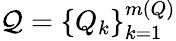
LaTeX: \mathcal{Q}=\left\{ Q_{k}\right\} _{k=1}^{m(Q)}